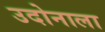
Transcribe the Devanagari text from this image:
उदोनाला